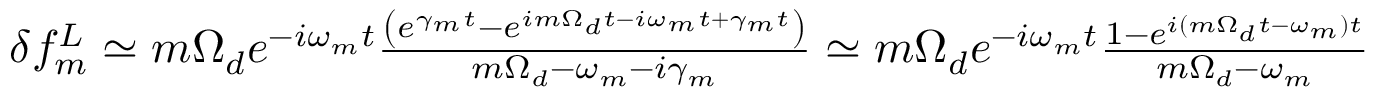
\begin{array} { r } { \delta f _ { m } ^ { L } \simeq m \Omega _ { d } e ^ { - i \omega _ { m } t } \frac { \left( e ^ { \gamma _ { m } t } - e ^ { i m \Omega _ { d } t - i \omega _ { m } t + \gamma _ { m } t } \right) } { m \Omega _ { d } - \omega _ { m } - i \gamma _ { m } } \simeq m \Omega _ { d } e ^ { - i \omega _ { m } t } \frac { 1 - e ^ { i ( m \Omega _ { d } t - \omega _ { m } ) t } } { m \Omega _ { d } - \omega _ { m } } } \end{array}